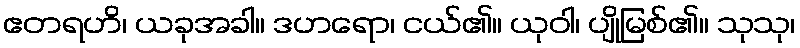
ဧတရဟိ၊ ယခုအခါ။ ဒဟရော၊ ငယ်၏။ ယုဝါ၊ ပျိုမြစ်၏။ သုသု၊